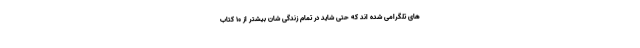
های تلگرامی شده اند که حتی شاید در تمام زندگی شان بیشتر از 10 کتاب